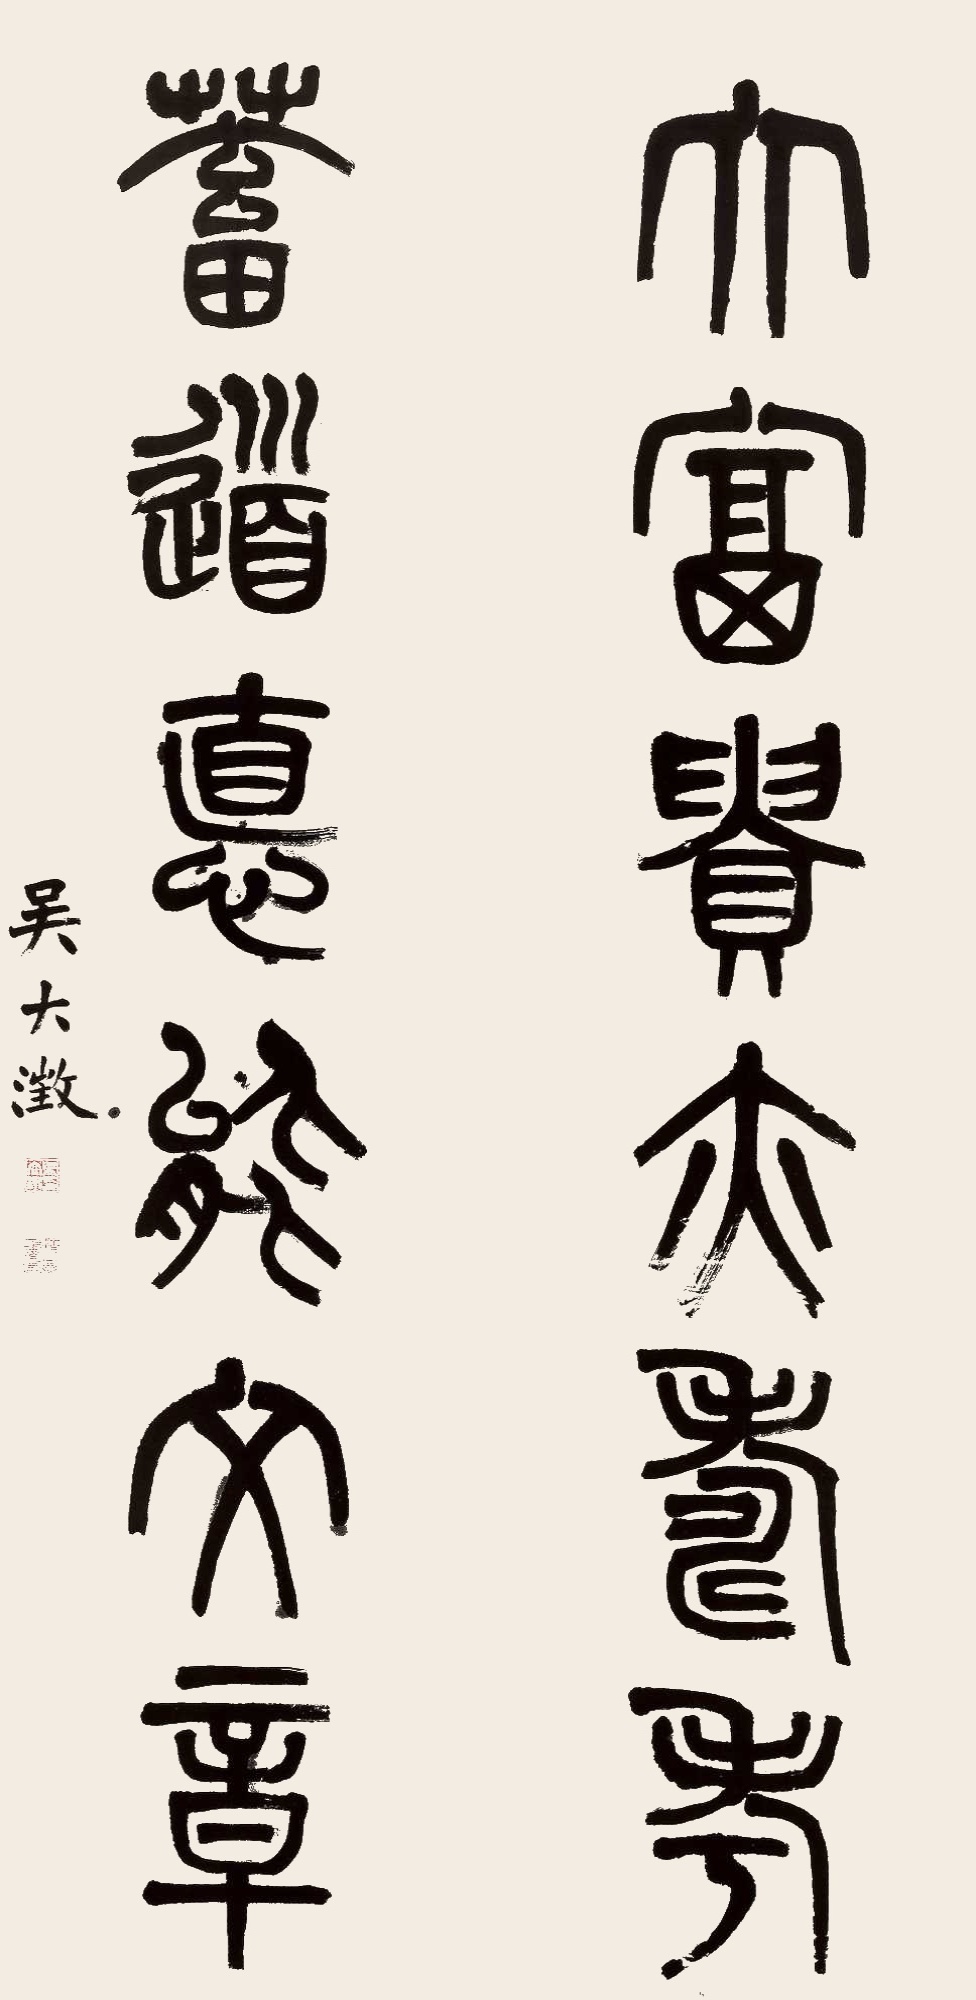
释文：大富贵亦寿考，蓄道德能文章。吴大澂。